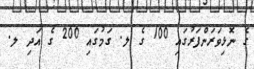
ގެ ނޮޅިވަރަންފަރުގައި 100 ގެ ލ. ގަމުގައި 200 ގެ އަދި ލ.